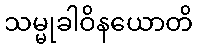
သမ္မုခါဝိနယောတိ